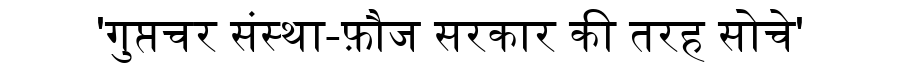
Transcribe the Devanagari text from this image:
'गुप्तचर संस्था-फ़ौज सरकार की तरह सोचे'